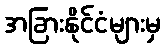
အခြားနိုင်ငံများမှ